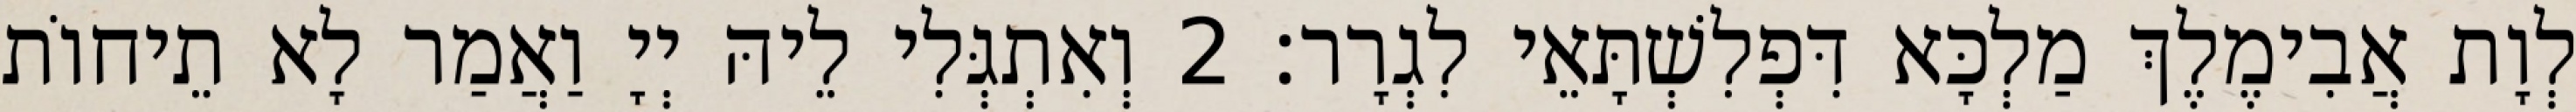
לְוָת אֲבִימֶלֶךְ מַלְכָּא דִּפְלִשְׁתָּאֵי לִגְרָר׃ 2 וְאִתְגְּלִי לֵיהּ יְיָ וַאֲמַר לָא תֵיחוֹת